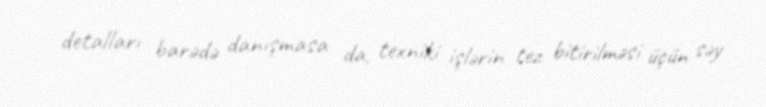
detalları barədə danışmasa da, texniki işlərin tez bitirilməsi üçün səy